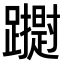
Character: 𮜢